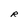
Character: R